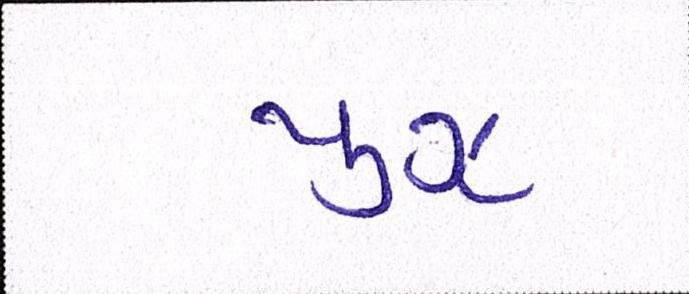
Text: યુઝ